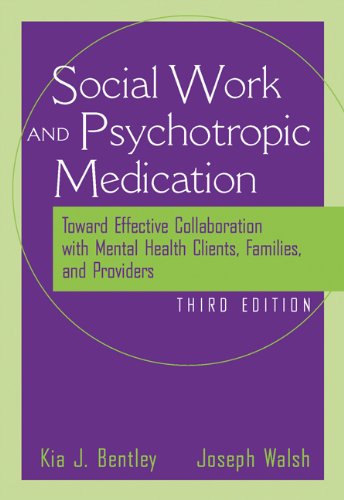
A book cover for The Social Worker and Psychotropic Medication: Toward Effective Collaboration with Mental Health Clients, Families, and Providers (Psychopharmacology); Kia J. Bentley; Medical Books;